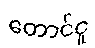
တောင်ငူ